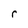
Character: r